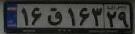
۱۶ق۱۶۳۲۹